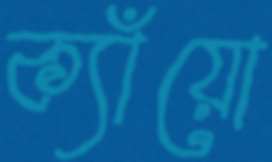
ক্যাঁয়ো